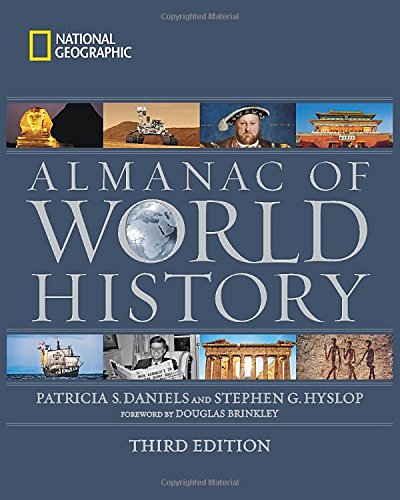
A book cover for National Geographic Almanac of World History, 3rd Edition; Patricia S. Daniels; Science & Math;